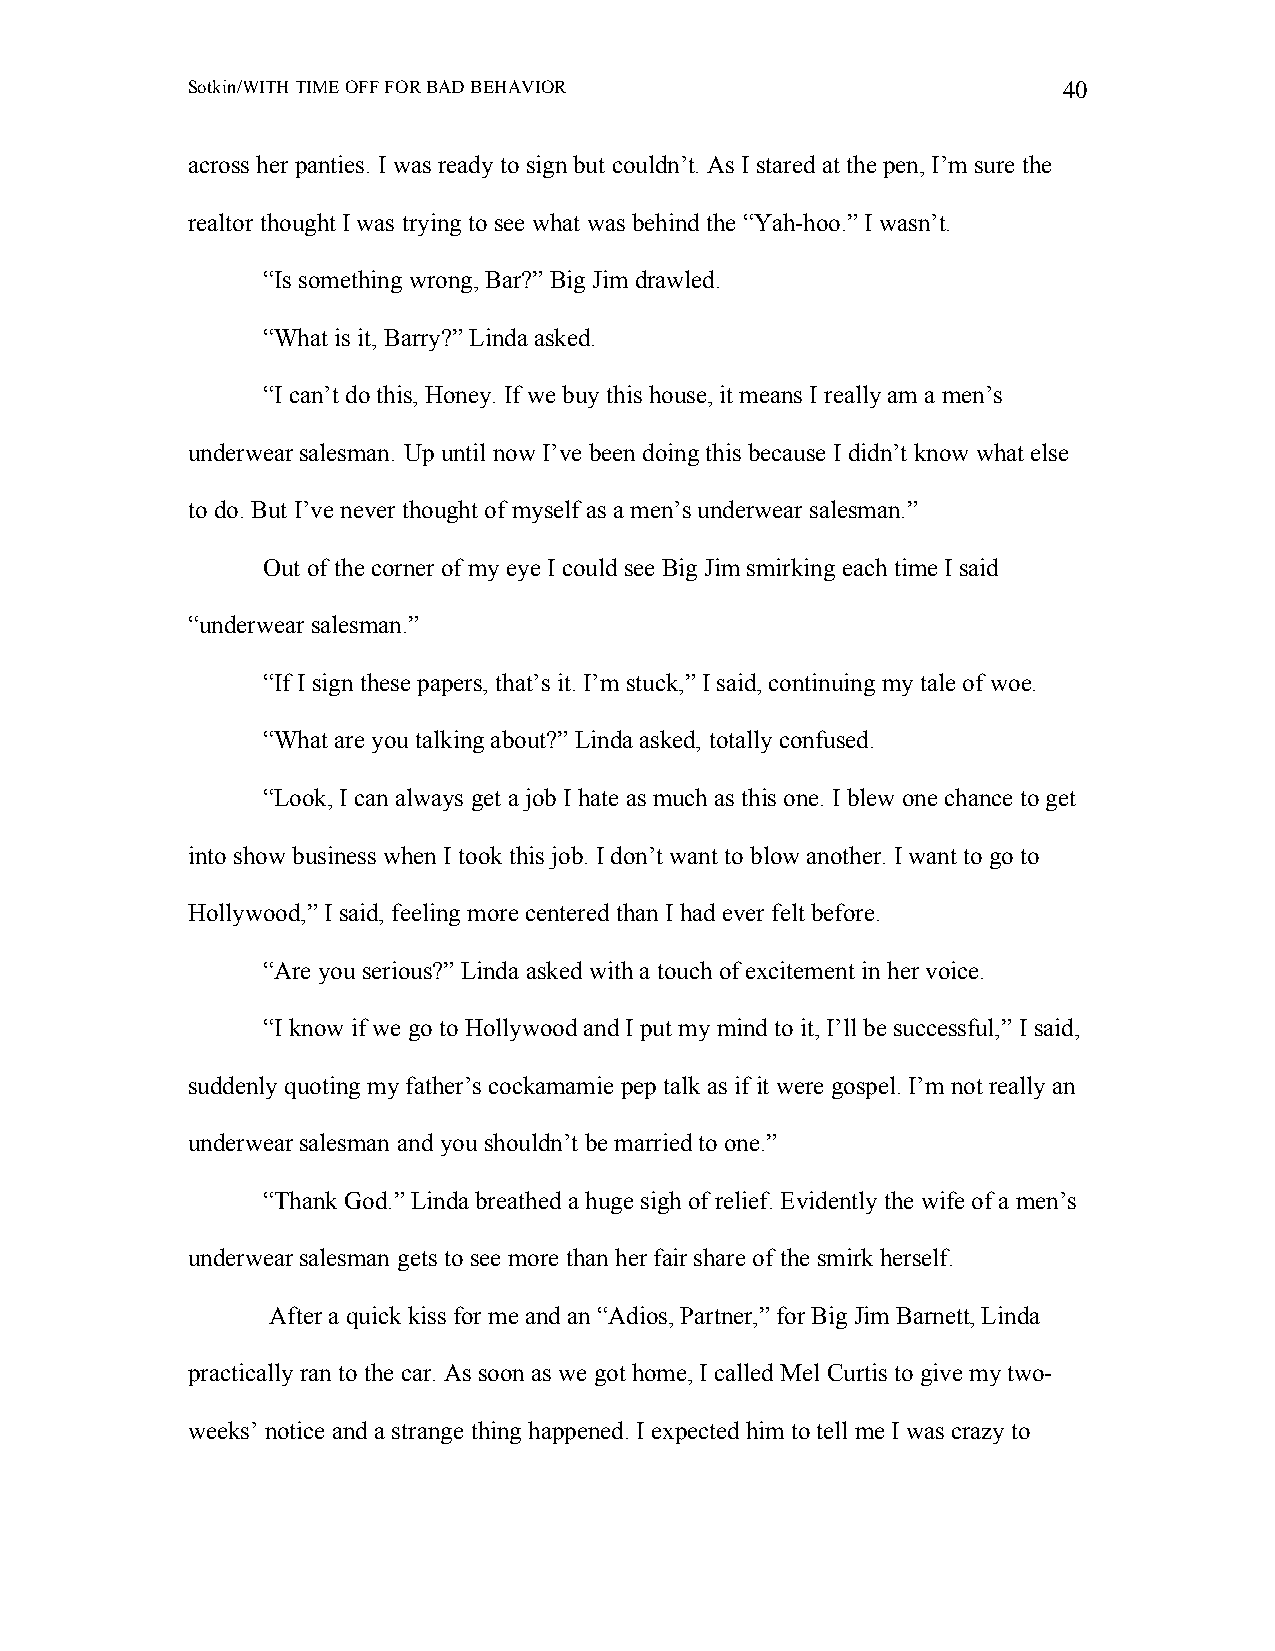
Sotkin/WITH TIME OFF FOR BAD BEHAVIOR                     40
 across her panties. I was ready to sign but couldn’t. As I stared at the pen, I’m sure the
 realtor thought I was trying to see what was behind the “Yah-hoo.” I wasn’t.
 “Is something wrong, Bar?” Big Jim drawled.
 “What is it, Barry?” Linda asked.
 “I can’t do this, Honey. If we buy this house, it means I really am a men’s
 underwear salesman. Up until now I’ve been doing this because I didn’t know what else
 to do. But I’ve never thought of myself as a men’s underwear salesman.”
 Out of the corner of my eye I could see Big Jim smirking each time I said
 “underwear salesman.”
 “If I sign these papers, that’s it. I’m stuck,” I said, continuing my tale of woe.
 “What are you talking about?” Linda asked, totally confused.
 “Look, I can always get a job I hate as much as this one. I blew one chance to get
 into show business when I took this job. I don’t want to blow another. I want to go to
 Hollywood,” I said, feeling more centered than I had ever felt before.
 “Are you serious?” Linda asked with a touch of excitement in her voice.
 “I know if we go to Hollywood and I put my mind to it, I’ll be successful,” I said,
 suddenly quoting my father’s cockamamie pep talk as if it were gospel. I’m not really an
 underwear salesman and you shouldn’t be married to one.”
 “Thank God.” Linda breathed a huge sigh of relief. Evidently the wife of a men’s
 underwear salesman gets to see more than her fair share of the smirk herself.
 After a quick kiss for me and an “Adios, Partner,” for Big Jim Barnett, Linda
 practically ran to the car. As soon as we got home, I called Mel Curtis to give my two-
 weeks’ notice and a strange thing happened. I expected him to tell me I was crazy to